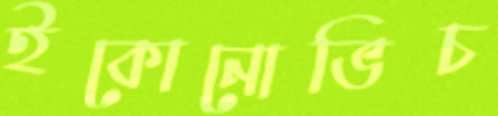
ইকোনোভিচ